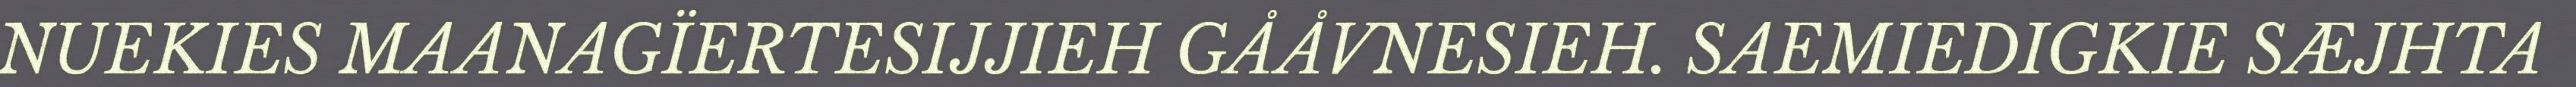
NUEKIES MAANAGÏERTESIJJIEH GÅÅVNESIEH. SAEMIEDIGKIE SÆJHTA